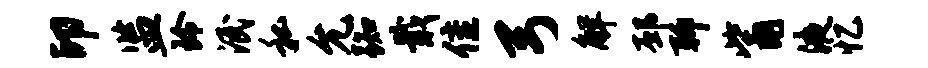
印监玲泯私允踟戢隹弓解邳聊觜液忆